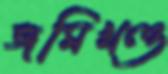
জমিখণ্ড